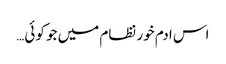
اس ادم خور نظام میں جو کوئی…